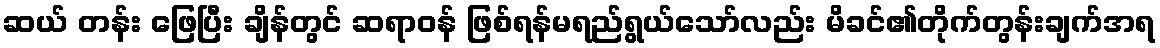
ဆယ် တန်း ဖြေပြီး ချိန်တွင် ဆရာဝန် ဖြစ်ရန်မရည်ရွယ်သော်လည်း မိခင်၏တိုက်တွန်းချက်အရ